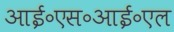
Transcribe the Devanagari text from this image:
आई॰एस॰आई॰एल